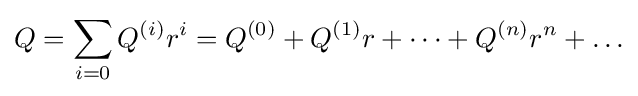
Q=\sum _{i=0}Q^{(i)}r^{i}=Q^{(0)}+Q^{(1)}r+\cdots +Q^{(n)}r^{n}+\ldots